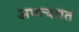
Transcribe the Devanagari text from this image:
अपत्यवत